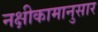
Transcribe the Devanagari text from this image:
नक्षीकामानुसार